Bombay plague: being a history of the progress of plague in the Bombay presidency from September 1896 to June 1899
Year: 1896
Disease focus: Plague
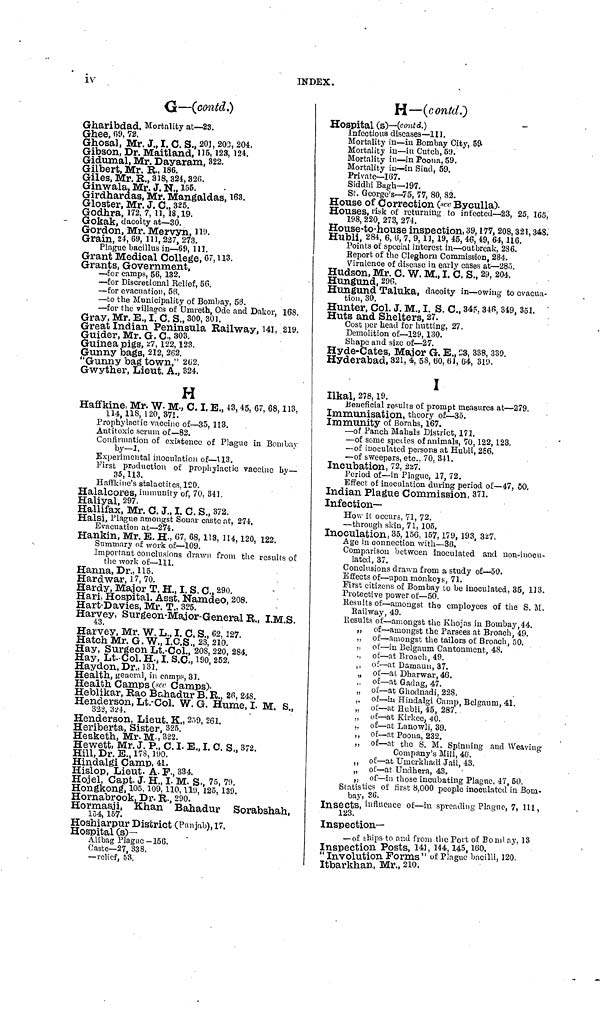
iv
INDEX.
G—(contd.)
Gharibdad. Mortality at—23.
Ghee, 09, 72.
Ghosal, Mr. J., I. C. S., 201, 203, 204.
Gibson, Dr. Maitland, 115, 123, 124.
Gidumal, Mr. Dayaram, 322.
Gilbert, Mr. R., 186.
Giles, Mr. R., 318, 324, 326.
Ginwala, Mr. J. N., 155.
Girdhardas, Mr. Mangaldas, 163.
Gloster, Mr. J. C., 325.
Godhra, 172, 7, 11, 18, 19.
Gokak, dacoity at—30.
Gordon, Mr. Mervyn, 119.
Grain, 24, 69, 111, 227, 273.
Plague bacillus in—69, 111.
Grant Medical College, 67, 113.
Grants, Government,
—for camps, 56, 132.
—for Discretional Relief, 56.
—for evacuation, 56.
—to the Municipality of Bombay, 50.
—for the villages of Umreth, Ode and Dakor, 168,
Gray, Mr. E. I. C. S., 300, 301.
Great Indian Peninsula Railway, 141, 219.
Guider, Mr. G. C., 303.
Guinea pigs, 27, 122, 123.
Gunny bags, 212, 262.
"Gunny bag town," 262.
Gwyther, Lieut. A., 324.
H
Haffkine, Mr. W. M., C. I. E., 43, 45, 67, 68, 113,
114, 118, 120, 371.
Prophylactic vaccine of—35, 113.
Antitoxic scrum of—82.
Confirmation of exigence of Plague in Bombay
by-1.
Experimental inoculation of—113.
First production of prophylactic vaccine by—
35, 113.
Haffkine's stalactites, 120.
Halalcores, immunity of, 70, 341.
Haliyal, 297.
Hallifax, Mr. C. J., I. C. S., 372.
Halsi, Plague amongst Sonar caste at, 274,
Evacuation at—274.
Hankin, Mr. E. H., 67, 68, 113, 114, 120, 122.
Summary of work of—109.
Important conclusions drawn from the results of
the work of—111.
Hanna, Dr., 115.
Hard war, 17, 70.
Hardy, Major T. H., I. S. C., 290.
Hari, Hospital. Asst. Namdeo, 208.
Hart-Davies, Mr. T., 325.
Harvey, Surgeon-Major-General R., I.M.S.
Harvey, Mr. W. L., I. C. S., 62, 127.
Hatch Mr. G. W., I.C.S., 23, 210.
Hay, Surgeon Lt.-Col., 208, 220, 284.
Hay, Lt.-Col. H., I. S.C., 190, 252.
Haydon, Dr., 131.
Health, general, in camps, 31.
Health Camps (see Camps).
Heblikar, Rao Bahadur B. R., 26, 248.
Henderson, Lt.-Col. W. G. Hume, I. M. S.,
322, 324.
.
Henderson, Lieut. K., 259, 261.
Heriberta, Sister, 325.
Hesketh, Mr. M., 322.
Hewett, Mr. J. P., C. I. E., I. C. S., 372.
Hill, Dr. E., 178, 190.
Hindalgi Camp, 41.
Hislop, Lieut. A. F., 334.
Hojel, Capt. J. H., I. M. S., 75, 79.
Hongkong, 105, 109, 110, 119, 125, 139.
Hornabrook, Dr. R., 290.
Hormasji, Khan Bahadur Sorabshah,
154, 157.
Hoshiarpur District (Punjab), 17.
Hospital (S)—
Alibag Plague—156.
Caste—27, 338.
—relief, 53.
H—(contd.)
Hospital (S)—(contd.)
Infectious diseases—111.
Mortality in—in Bombay City, 59.
Mortality in—in Cutch, 59.
Mortality in—in Poona, 59.
Mortality in—in Sind, 59.
Private—167.
Siddhi Bagh—197.
St. George's—75, 77, 80, 82.
House of Correction (see Byculla).
Houses, risk of returning to infected—23, 25, 165,
198, 220, 273, 274.
House-to-house inspection, 39, 177, 208, 321, 348.
Hubli, 284, 6, 6, 7, 9, 11, 19, 45, 46, 49, 64, 116.
Points of special interest in—outbreak, 286.
Report of the Cleghorn Commission, 284.
Virulence of disease in early cases at—285.
Hudson, Mr. C. W. M., I. C. S., 29, 204.
Hungund, 296.
Hungund Taluka, dacoity in—owing to evacua-
tion, 30.
Hunter, Col. J. M., I. S. C., 345, 346, 349, 351.
Huts and Shelters, 27.
Cost per head for hutting, 27.
Demolition of—129, 130.
Shape and size of—27.
Hyde-Cates, Major G. E., 23, 338, 339.
Hyderabad, 321, 4, 58, 60, 61, 64, 319.
I
Ilkal, 278, 19.
Beneficial results of prompt measures at—279.
Immunisation, theory of—35.
Immunity of Borahs, 167.
—of Panch Mahals District, 171.
—of some species of animals, 70, 122, 123.
—of inoculated persons at Hubli, 2S6.
—of sweepers, etc., 70, 341.
Incubation, 72, 227.
Period of—in Plague, 17, 72.
Effect of inoculation during period of—47, 50.
Indian Plague Commission, 371.
Infection-
How it occurs, 71, 72.
—through skin, 71, 105.
Inoculation, 35, 156, 157, 179, 193, 327.
Age in connection with—30.
Comparison between inoculated and non-inocu-
lated, 37.
Conclusions drawn from a study of—50.
Effects of—upon monkeys, 71.
First citizens of Bombay to be inoculated, 35, 113.
Protective power of—50.
Results of—amongst the employees of the S. M.
Railway, 49.
Results of—amongst the Khojas in Bombay, 44.
„ of—amongst the Parsees at Broach, 49.
„ of—amongst the tailors of Broach, 50.
„ of—in Belgaum Cantonment, 48,
of—at Broach, 49.
„ of—at Damaun, 37.
„ of—at Dharwar, 46.
„ of—at Gadag, 47.
„ of—at Ghodnadi, 228.
„ of—in Hindalgi Camp, Belgaum, 41.
„ of—at Hubli, 45, 287.
„ of—at Kirkee, 40.
„ of—at Lanowli. 39.
„ of—at Poona, 232.
„ of—at the S. M. Spinning and Weaving
Company's Mill, 46.
„ of—at Umerkhadi Jail, 43.
„ of—at Uudhera, 43.
„ of—in those incubating Plague, 47, 50.
Statistics of first 8,000 people inoculated in Bom-
bay, 36.
Insects, influence of—in spreading Plague, 7, 111,
123.
Inspection—
— of ships to and from the Port of Bombay, 13
Inspection Posts, 141, 144, 145, 160.
" Involution Forms " of Plague bacilli, 120.
Itbarkhan, Mr., 210.